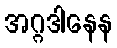
အဂ္ဂဒါနေန